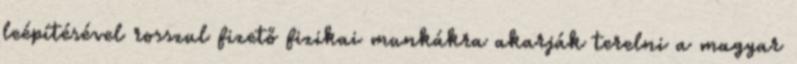
leépítésével rosszul fizető fizikai munkákra akarják terelni a magyar